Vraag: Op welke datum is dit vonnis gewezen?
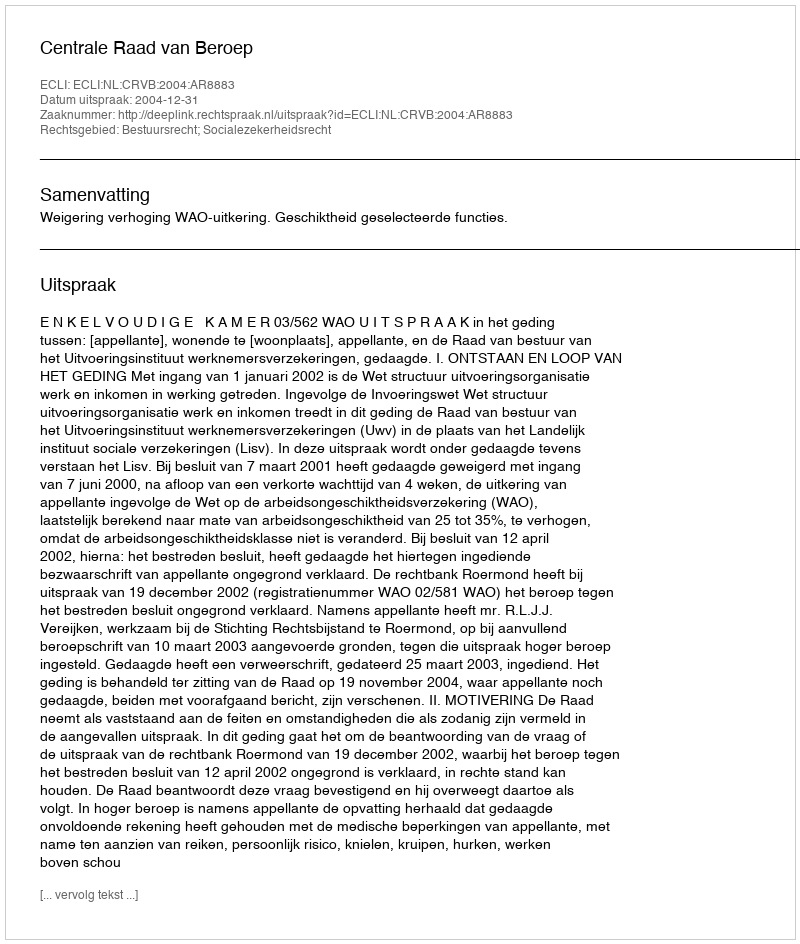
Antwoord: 2004-12-31